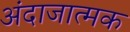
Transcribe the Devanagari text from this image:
अंदाजात्मक